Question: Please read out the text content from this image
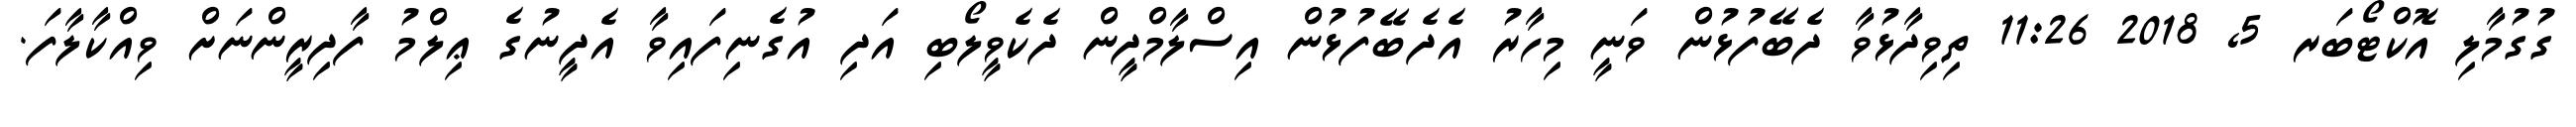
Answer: ގުގުމާލި އޮކްޓޯބަރ 5, 2018 11:26 ތިވިދާޅުވާ ދެބޭފުޅުން ވަނީ މިހާރު އެދެބޭފުޅުން އިސްލާމްދީން ދެކެވީލޯބި އަދި އުގެނިފައިވާ އެދީނުގެ ޢިލްމު ފާދިރީންނަށް ވިއްކާލާފަ.